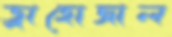
ড্রাহোজাল